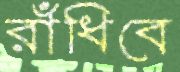
রাঁধিবে